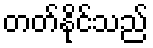
တတ်နိုင်သည်